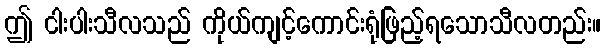
ဤ ငါးပါးသီလသည် ကိုယ်ကျင့်ကောင်းရုံဖြည့်ရသောသီလတည်း။